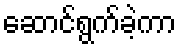
ဆောင်ရွက်ခဲ့ကာ